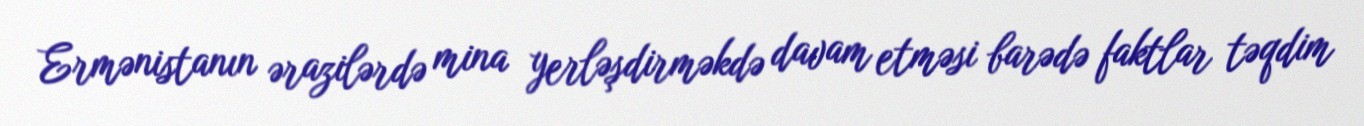
Ermənistanın ərazilərdə mina yerləşdirməkdə davam etməsi barədə faktlar təqdim